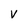
Character: V